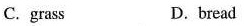
C.grass D.bread